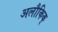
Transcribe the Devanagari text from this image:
अलौकिक्